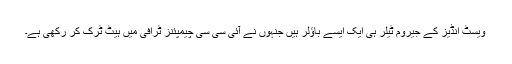
ویسٹ انڈیز کے جیروم ٹیلر ہی ایک ایسے باؤلر ہیں جنہوں نے آئی سی سی چیمپئنز ٹرافی میں ہیٹ ٹرک کر رکھی ہے۔